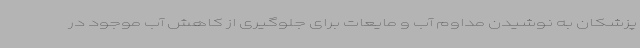
پزشکان به نوشیدن مداوم آب و مایعات برای جلوگیری از کاهش آب موجود در